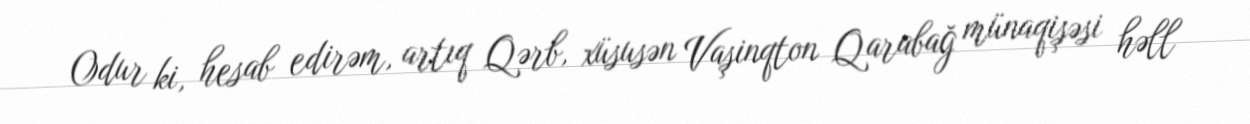
Odur ki, hesab edirəm, artıq Qərb, xüsusən Vaşinqton Qarabağ münaqişəsi həll